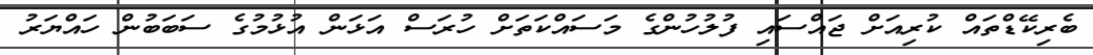
ބެރިކޭޑްތައް ކުރިއަށް ޖައްސައި ފުލުހުންގެ މަސައްކަތަށް ހުރަސް އަޅަން އުޅުމުގެ ސަބަބުން ހައްޔަރު